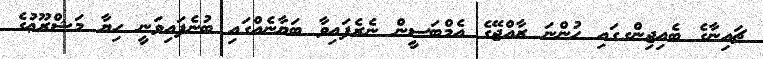
ޗައިނާގެ ބެއިޖިންގގައި ހުންނަ ރާއްޖޭގެ އެމްބަސީން ނެރެފައިވާ ބަޔާނެއްގައި ބުނެފައިވަނީ ހިޔާ މަޝްރޫޢުގެ